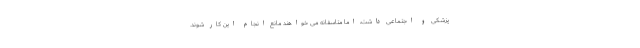
پزشکی و اجتماعی داشت، اما متاسفانه می خواهند مانع انجام این کار شوند.